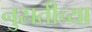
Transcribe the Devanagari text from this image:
नुस्रतीच्या